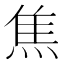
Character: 焦